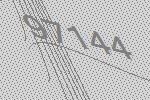
97144